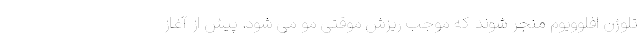
تلوژن افلوویوم منجر شوند که موجب ریزش موقتی مو می شود. پیش از آغاز